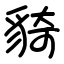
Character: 䝝